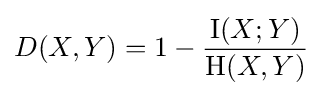
D(X,Y)=1-{\frac {\operatorname {I} (X;Y)}{\mathrm {H} (X,Y)}}